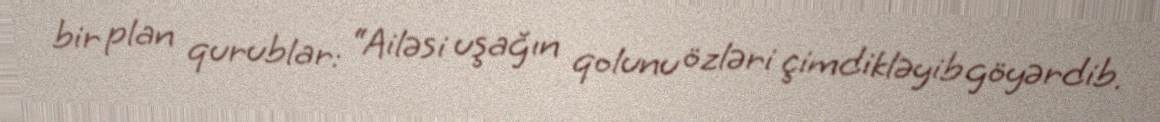
bir plan qurublar: “Ailəsi uşağın qolunu özləri çimdikləyib göyərdib.